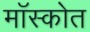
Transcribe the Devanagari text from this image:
मॉस्कोत